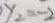
y _ { 2 } = - 2